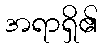
အရာရှိ၏